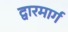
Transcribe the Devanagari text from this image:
द्वारमार्ग